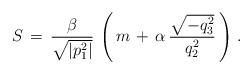
LaTeX: \begin{align*}S\,=\,\frac{\beta}{\sqrt{|p_1^2|}}\,\left (\,m\,+\,\alpha\,\frac{\sqrt{-q_3^2}}{q_2^2}\,\right )\,{.}\end{align*}